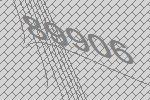
89906